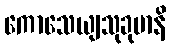
ကောသေယျသုခုမာနိ